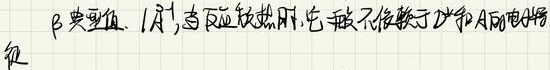
β类重子. \(|\Lambda^{+}|\)，当反应放热时，它可能不依赖于D和A的电场强